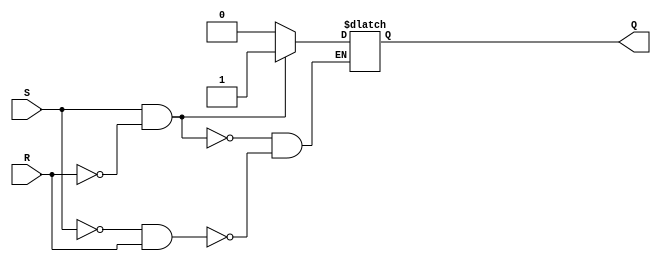
module sr_flipflop (
    input S,
    input R,
    output reg Q
);

always @ (S, R)
begin
    if (S && !R) // If S is high and R is low
        Q <= 1;  // Set output Q to high
    else if (!S && R) // If S is low and R is high
        Q <= 0;  // Reset output Q to low
    // Do nothing if both S and R are high or both are low
end

endmodule